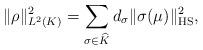
LaTeX: \begin{align*}\|\rho\|^2_{L^2(K)} = \sum_{\sigma \in \widehat{K}} d_\sigma \|\sigma(\mu)\|_{\textrm{HS}}^2,\end{align*}